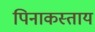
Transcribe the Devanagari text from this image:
पिनाकस्ताय